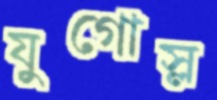
যুগোস্ল